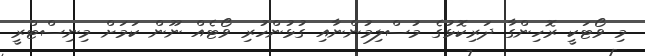
މި ވޯޓަކީ ރޮހިންގާ ދަރިކޮޅުގެ މުސްލިމުންނާއި ގުޅުންހުރި ވޯޓެއް ނޫން ކަމަށް މިނިސްޓްރީ